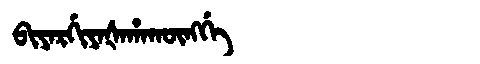
Manchu: ᠪᡳᠶᠠᡵᡤᡳᠶᠠᡧᠠᡥᠠᡴᡡᠩᡤᡝ
Romanization: BIYARGIYAŠAHAKŪNGGE